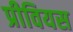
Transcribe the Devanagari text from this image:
प्रीवियस